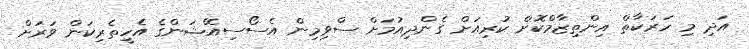
އަދި މި ހަރަކާތް އިންތިޒާމްކޮށް ކުރިއަށް ގެންދިއުމަށް ސްވިމިން އެސޯސިއޭޝަންގެ އެހީތެރިކަން ވަރަށް